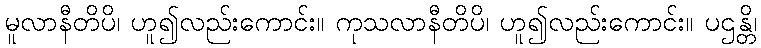
မူလာနီတိပိ၊ ဟူ၍လည်းကောင်း။ ကုသလာနီတိပိ၊ ဟူ၍လည်းကောင်း။ ပဌန္တိ၊